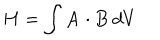
LaTeX: H = \int { \bf A } \cdot { \bf B } \, d V